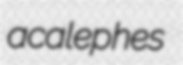
acalephes